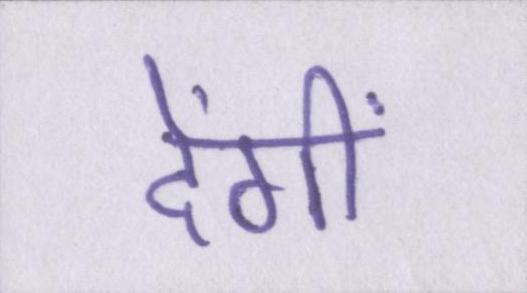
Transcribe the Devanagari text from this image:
देंगीं